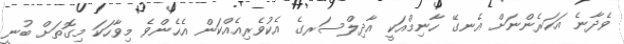
ވެދާނެ އަހަރެންނަށް އެނގޭ ހާނިމްއަކީ އާދިލްސަރގެ އެކުވެރިއެއްކަން އެހެންވެ މިވާހަކަ މިގޮތަށް ބުނީ